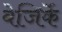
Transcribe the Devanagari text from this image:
बेजिर्के